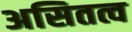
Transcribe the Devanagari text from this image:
असितत्व